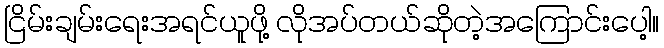
ငြိမ်းချမ်းရေးအရင်ယူဖို့ လိုအပ်တယ်ဆိုတဲ့အကြောင်းပေါ့။